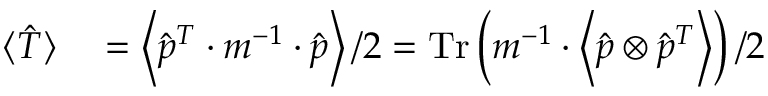
\begin{array} { r l } { \langle \hat { T } \rangle } & { { } = \left\langle \hat { p } ^ { T } \cdot m ^ { - 1 } \cdot \hat { p } \right\rangle / 2 = \operatorname { T r } \left( m ^ { - 1 } \cdot \left\langle \hat { p } \otimes \hat { p } ^ { T } \right\rangle \right) / 2 } \end{array}